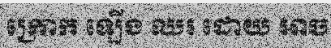
ក្រោក ឡើង ឈរ ដោយ អាច